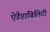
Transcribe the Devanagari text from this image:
ऐडैप्टाबिलिटी